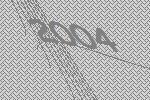
2004